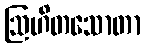
ဩဟိတသောတာ